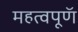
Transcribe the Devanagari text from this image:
महत्वपूणॅ